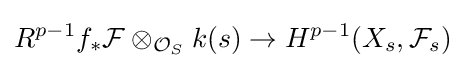
R^{p-1}f_{*}{\mathcal {F}}\otimes _{{\mathcal {O}}_{S}}k(s)\to H^{p-1}(X_{s},{\mathcal {F}}_{s})